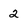
Character: 2